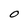
Character: O